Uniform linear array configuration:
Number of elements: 48
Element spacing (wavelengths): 0.25
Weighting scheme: kaiser
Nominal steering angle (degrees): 15
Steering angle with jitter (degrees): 13.571
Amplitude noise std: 0.05
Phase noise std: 0.05

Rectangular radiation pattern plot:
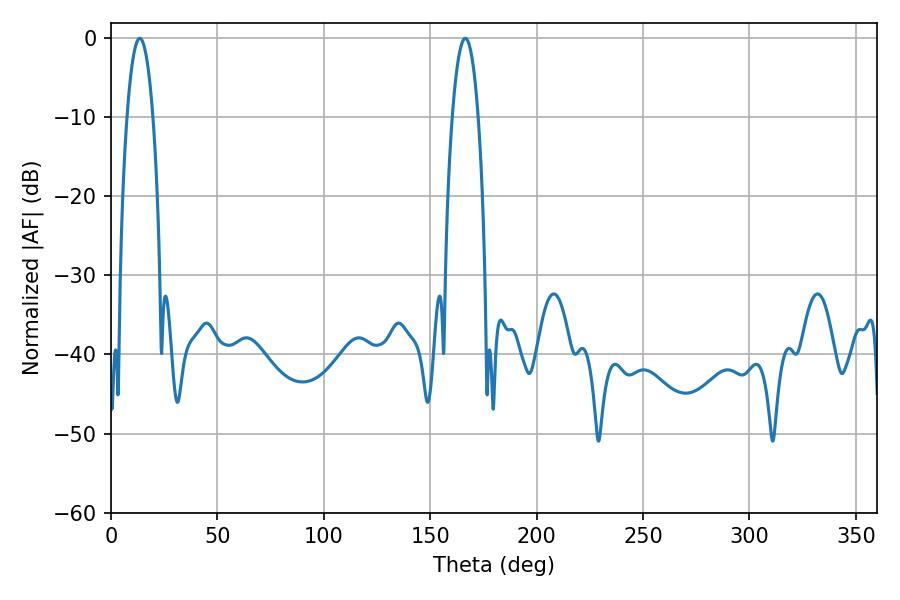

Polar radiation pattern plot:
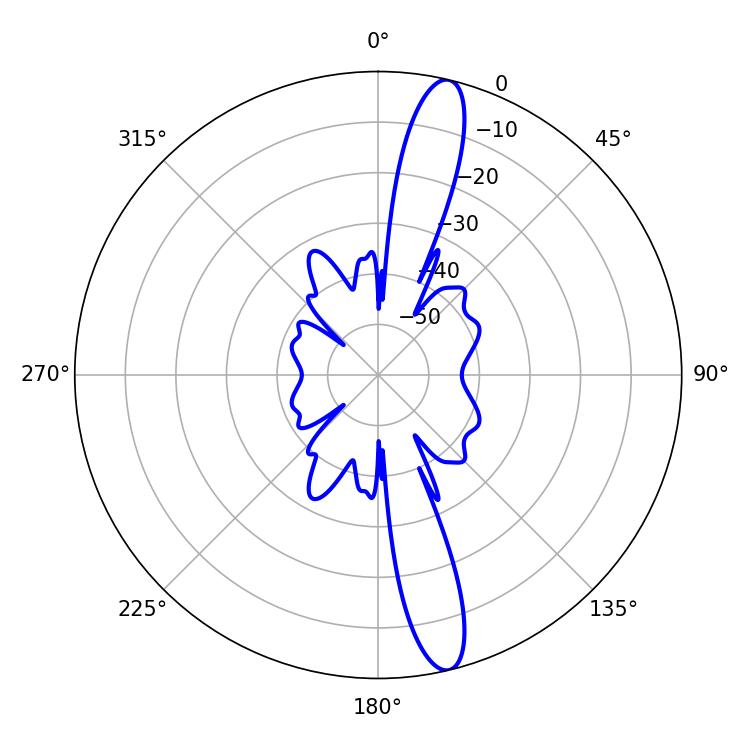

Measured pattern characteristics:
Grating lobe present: FALSE
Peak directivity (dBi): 15.278
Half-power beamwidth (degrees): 6.84
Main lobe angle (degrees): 13.5